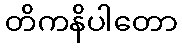
တိကနိပါတော